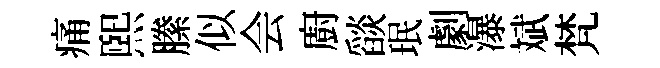
痛煕縢似会廚𦦨珉劇瀑斌梵